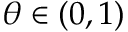
\theta \in ( 0 , 1 )